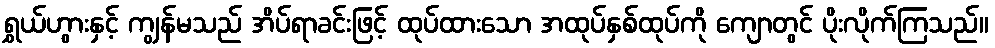
ရွှယ်ဟွားနှင့် ကျွန်မသည် အိပ်ရာခင်းဖြင့် ထုပ်ထားသော အထုပ်နှစ်ထုပ်ကို ကျောတွင် ပိုးလိုက်ကြသည်။